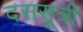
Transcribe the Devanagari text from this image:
दससूत्री